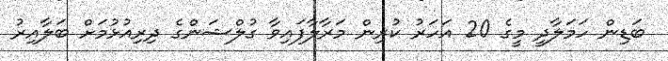
ބަޑިން ހަމަލާދީ މީގެ 20 އަހަރު ކުރިން މަރާލާފައިވާ ގުލްޝަންގެ ދިރިއުޅުމަށް ބަލާއިރު